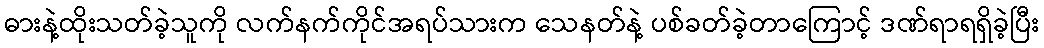
ဓားနဲ့ထိုးသတ်ခဲ့သူကို လက်နက်ကိုင်အရပ်သားက သေနတ်နဲ့ ပစ်ခတ်ခဲ့တာကြောင့် ဒဏ်ရာရရှိခဲ့ပြီး